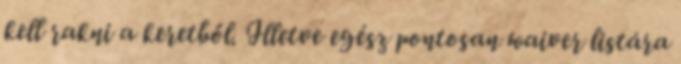
kell rakni a keretből. Illetve egész pontosan waiver listára